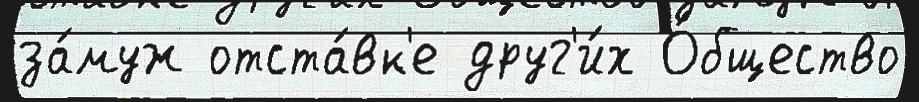
за́муж отста́вк'е друг'и́х О́бщество